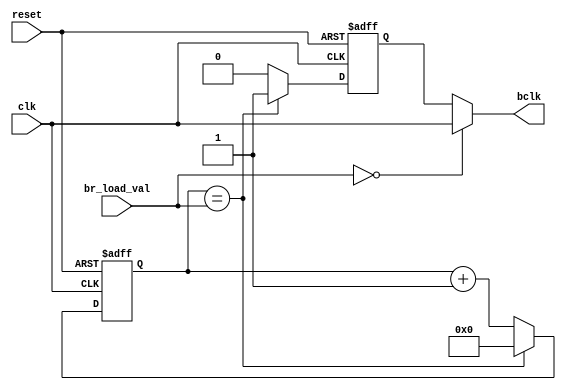
//============================================================================//
//  Module:         baud_gen.v
//  Author          
//  Creation Date:  
//  Last Modified: 
//  Purpose:
//============================================================================//

`timescale 1ns/1ps

module rs485_baud_gen
(
  clk,
  reset,
  bclk,
  br_load_val
);
//============================================================================//
// Inputs and Outputs 
//============================================================================//
  input           clk;
  input           reset;
 // 57600*16
  output          bclk;   //921.60kbps
  input [7:0]  br_load_val;
  
//============================================================================//
// Internal Signals declaration
//============================================================================//
  reg             bclk_reg;
  reg      [7:0]  cnt;
//============================================================================//
// Main code start here
//============================================================================//  
 assign bclk = (br_load_val == 0) ? clk : bclk_reg;

  always @(negedge reset or posedge clk)
  begin
      if(!reset)
      begin
          cnt <= 8'd0;
          bclk_reg <= 1'b0;
      end
      else
	  begin
      // 50_000_000 /921600 = 54.25
      //if(cnt > 8'd53) begin
		  if(cnt == br_load_val) 
		  begin
              cnt <= 8'd0;
              bclk_reg <= 1'b1;
          end
          else 
		  begin
              cnt <= cnt + 8'd1;
              bclk_reg <= 1'b0;
          end
      end
  end
//============================================================================//
// Main code end here
//============================================================================//  
endmodule